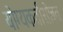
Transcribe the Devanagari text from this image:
योग्यकर्तासोबत